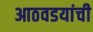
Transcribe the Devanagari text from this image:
आठवडयांची